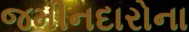
જમીનદારોના